Lunatic asylums Central Provinces reports 1895-1909 - 1895-1909
Year: 1895
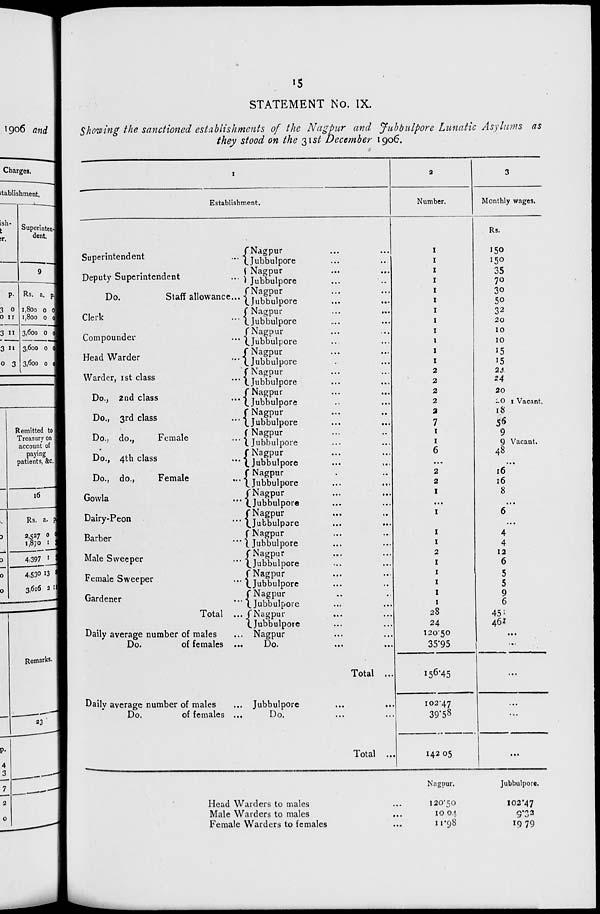
15
STATEMENT No. IX.
Showing the sanctioned establishments of the Nagpur and Jubbulpore Lunatic Asylums as
they stood on the 31st December 1906.
1
Establishment.
Superintendent...
Deputy Superintendent
....
Do.
Staff allowance...
Clerk...
Compounder...
Head Warder ...
Warder,
1st
class.
...
Do., 2nd class...
Do., 3rd class
...
Do., do.,
Female
...
Do., 4th class...
Do., do.,
Female...
Gowla
...
Dairy-Peon...
Barber
...
Male Sweeper...
Female Sweeper...
Gardener
...
Total ...
Daily average number of males
...
Nagpur... ...
Jubbulpore... ...
Nagpur... ...
Jubbulpore... ...
Nagpur... ...
Jubbulpore... ...
Nagpur
...
...
Jubbulpore... ...
Nagpur... ...
Jubbulpore... ...
Nagpur... ...
Jubbulpore... ...
Nagpur... ...
Jubbulpore... ...
Nagpur... ...
Jubbulpore... ...
Nagpur... ...
Jubbulpore... ...
Nagpur... ...
Jubbulpore... ...
Nagpur... ...
Jubbulpore... ...
Nagpur... ...
Jubbulpore... ...
Nagpur... ...
Jubbulpore... ...
Nagpur... ...
Jubbulpore... ...
Nagpur... ...
Jubbulpore... ...
Nagpur... ...
Jubbulpore... ...
Nagpur... ...
Jubbulpore... ...
Nagpur... ...
Jubbulpore... ...
Nagpur... ...
Jubbulpore... ...
Nagpur... ...
Do.
of females ...
Do. ... ...
Total ...
Daily average number of males
... Jubbulpore
Do.
of females ...
Do. ... ...
Total ...
2
Number.
1
1
1
1
1
1
1
1
1
1
1
1
2
2
2
2
2
7
1
1
6
...
2
2
1
...
1
...
1
1
2
1
1
1
1
1
28
24
120.50
35.95
156.45
102.47
39.58
142.05
3
Monthly wages.
Rs.
150
150
35
70
30
50
32
20
10
10
15
15
24
24
20
20 1 Vacant.
18
56
9
9 Vacant.
48
...
16
16
8
...
6
...
4
4
12
6
5
5
9
6
451
461
...
...
...
...
...
...
Head Warders to males...
Male Warders to males...
Female Warders to females...
Nagpur.
120.50
10.04
11.98
Jubbulpore.
102.47
9.32
19.79